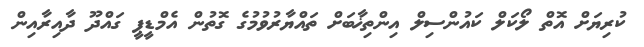
ކުރިޔަށް އޮތް ލޯކަލް ކައުންސިލް އިންތިޚާބަށް ތައްޔާރުވުމުގެ ގޮތުން އެމްޑީޕީ ގައްދޫ ދާއިރާއިން